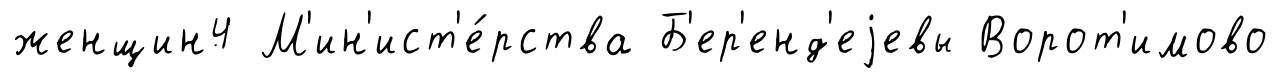
женщин4 М'ин'ист'е́рства Б'ер'енд'еjевы Ворот'имово